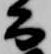
公